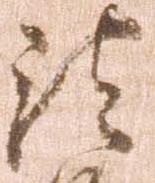
法